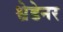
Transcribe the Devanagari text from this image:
श्वेडेनर